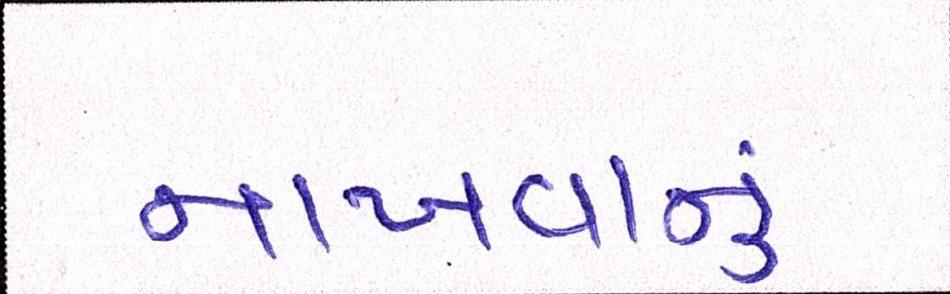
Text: નાખવાનું